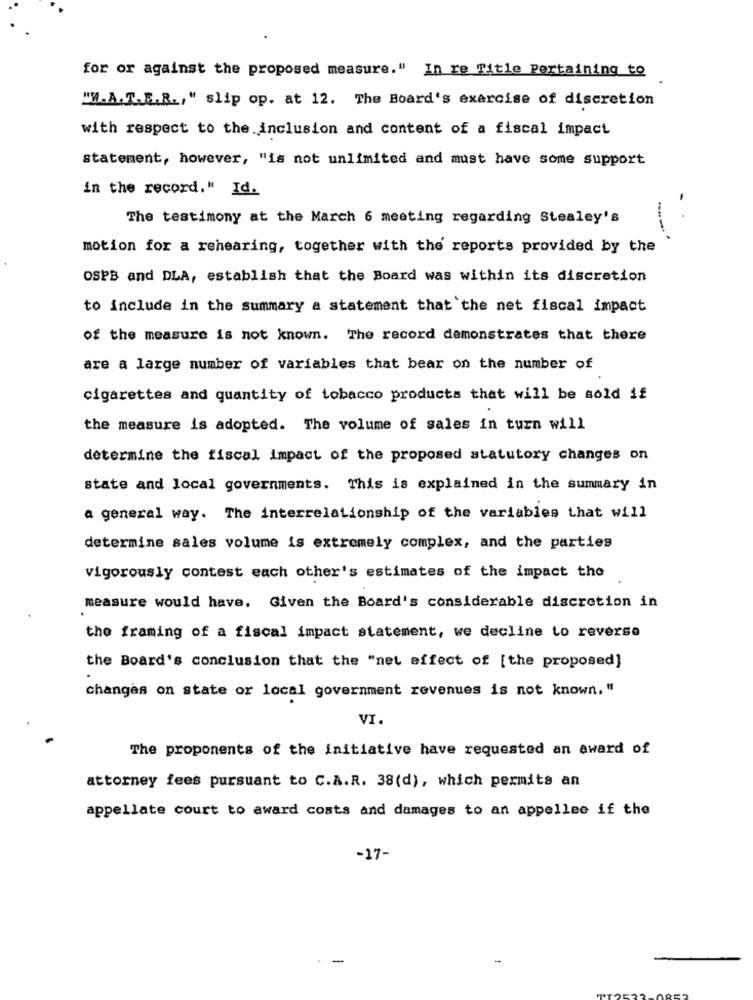
for or against the proposed measure." In re Title Pertaining to
"W.A. T.E.R ., " slip op. at 12. The Board's exercise of discretion
with respect to the inclusion and content of a fiscal impact
statement, however, "is not unlimited and must have some support
in the record." Id.
The testimony at the March 6 meeting regarding Stealey's
motion for a rehearing, together with the reports provided by the
OSPB and DLA, establish that the Board was within its discretion
to include in the summary a statement that the net fiscal impact
of the measure is not known. The record demonstrates that there
are a large number of variables that bear on the number of
cigarettes and quantity of tobacco products that will be sold if
the measure is adopted. The volume of sales in turn will
determine the fiscal impact of the proposed statutory changes on
state and local governments. This is explained in the summary in
a general way. The interrelationship of the variables that will
determine sales volume is extremely complex, and the parties
vigorously contest each other's estimates of the impact the
measure would have. Given the Board's considerable discretion in
the framing of a fiscal impact statement, we decline to reverse
the Board's conclusion that the "net effect of [the proposed]
changes on state or local government revenues is not known, "
VI.
The proponents of the initiative have requested an award of
attorney fees pursuant to C.A.R. 38(d), which permits an
appellate court to award costs and damages to an appellee if the
-17-